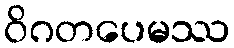
ဝိဂတပေမဿ